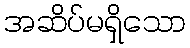
အဆိပ်မရှိသော